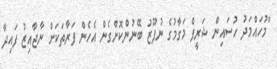
"މުހައްމަދު ހުސައިން ޝަރީފް މަގާމުގެ ނުފޫޒު ބޭނުންކޮށްގެން އެހެން ފަރާތަކަށް ނާޖާއިޒު ފައިދާ